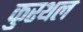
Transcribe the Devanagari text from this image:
कुरथल